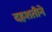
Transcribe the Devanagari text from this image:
दहशतीने